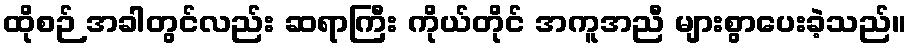
ထိုစဉ် အခါတွင်လည်း ဆရာကြီး ကိုယ်တိုင် အကူအညီ များစွာပေးခဲ့သည်။